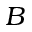
B